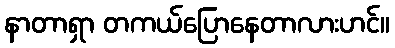
နာတာရှာ တကယ်ပြောနေတာလားဟင်။